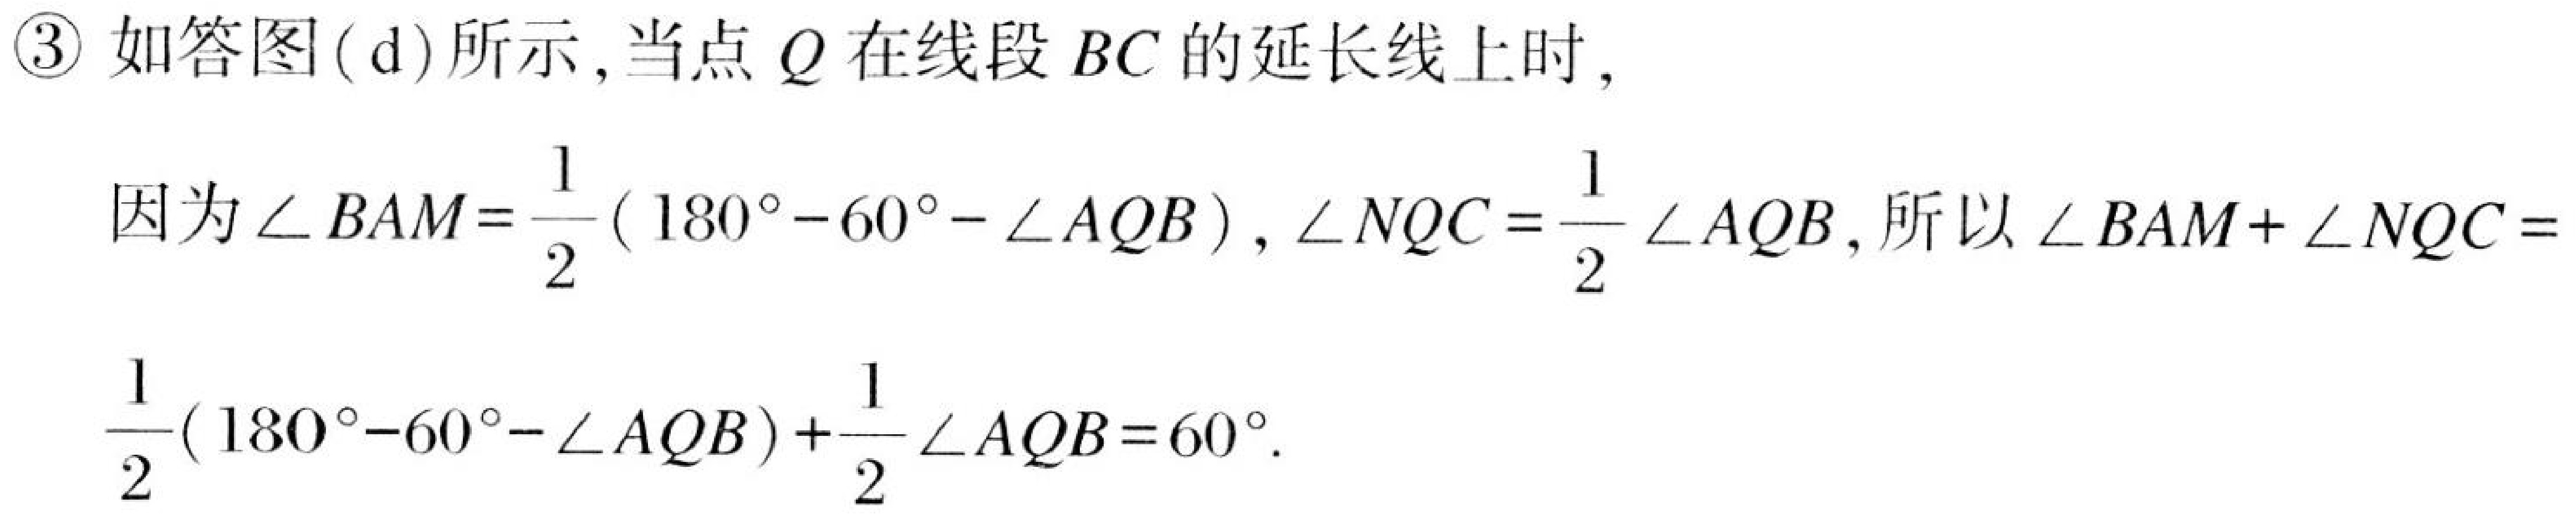
\textcircled{3}如答图(d)所示,当点\(Q\)在线段\(BC\)的延长线上时,
因为\(\angle BAM=\frac{1}{2}(180^{\circ}-60^{\circ}-\angle AQB)\), \(\angle NQC=\frac{1}{2}\angle AQB\), 所以\(\angle BAM+\angle NQC = \frac{1}{2}(180^{\circ}-60^{\circ}-\angle AQB)+\frac{1}{2}\angle AQB=60^{\circ}\).